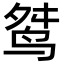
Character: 𪉋